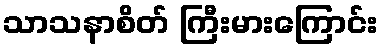
သာသနာစိတ် ကြီးမားကြောင်း